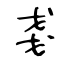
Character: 戔